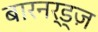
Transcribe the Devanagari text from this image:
बारनर्ड्ज़